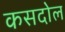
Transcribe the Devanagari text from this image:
कसदोल